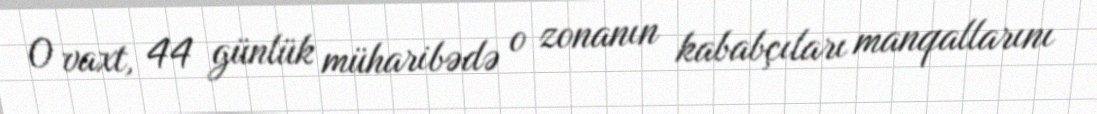
O vaxt, 44 günlük müharibədə o zonanın kababçıları manqallarını